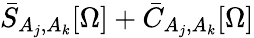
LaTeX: \bar{S}_{A_{j},A_{k}}[\Omega]+\bar{C}_{A_{j},A_{k}}[\Omega]